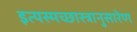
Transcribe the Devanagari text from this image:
इत्यस्मच्छास्त्रानुसारेण